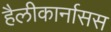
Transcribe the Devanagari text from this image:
हैलीकार्नासस